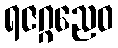
ရဇဂ္ဂညေဝ